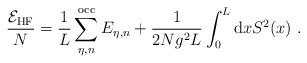
LaTeX: \begin{align*}\frac{{\cal E}_{\rm HF}}{N} = \frac{1}{L} \sum_{\eta,n}^{\rm occ} E_{\eta,n} + \frac{1}{2 Ng^2 L} \int_0^L{\rm d}x S^2(x) \ .\end{align*}